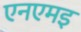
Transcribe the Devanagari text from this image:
एनएमइ